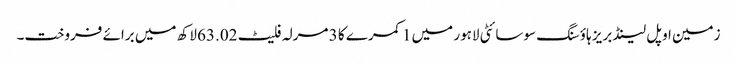
زمین اوپل لینڈ بریز ہاؤسنگ سوسائٹی لاہور میں 1 کمرے کا 3 مرلہ فلیٹ 63.02 لاکھ میں برائے فروخت۔